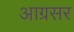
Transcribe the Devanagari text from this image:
आग्रसर